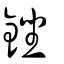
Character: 銼